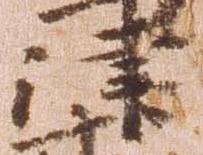
津